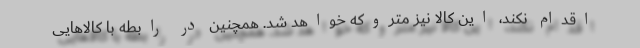
اقدام نکند، این کالا نیز متروکه خواهد شد. همچنین در رابطه با کالاهایی